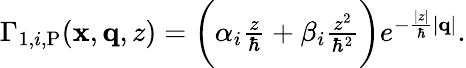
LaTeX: \begin{array}{r}{\Gamma_{1,i,\mathrm{P}}(\mathbf{x},\mathbf{q},z)=\bigg(\alpha_{i}\frac{z}{\hbar}+\beta_{i}\frac{z^{2}}{\hbar^{2}}\bigg)e^{-\frac{|z|}{\hbar}|\mathbf{q}|}.}\end{array}